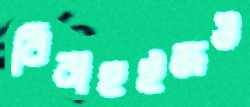
বিবাহইজঙ